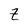
Character: Z